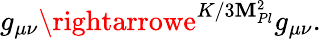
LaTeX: g_{\mu\nu}\rightarrowe^{K/3\mathbf{M}_{Pl}^{2}}g_{\mu\nu}.